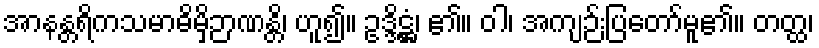
အာနန္တရိကသမာဓိမှိဉာဏန္တိ၊ ဟူ၍။ ဥဒ္ဒိဋ္ဌံ၊ ၏။ ဝါ၊ အကျဉ်းပြတော်မူ၏။ တတ္ထ၊